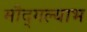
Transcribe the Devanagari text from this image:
मौद्गल्याभ